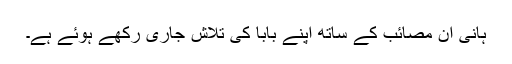
ہانی ان مصائب کے ساتھ اپنے بابا کی تلاش جاری رکھے ہوئے ہے۔